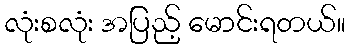
လုံးစလုံး အပြည့် မောင်းရတယ်။